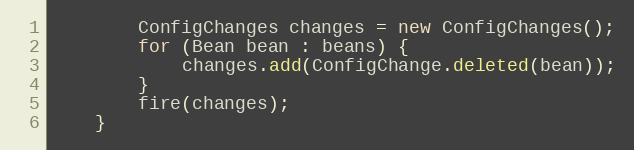
Language: Java
        ConfigChanges changes = new ConfigChanges();
        for (Bean bean : beans) {
            changes.add(ConfigChange.deleted(bean));
        }
        fire(changes);
    }